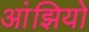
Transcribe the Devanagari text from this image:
आंझियो